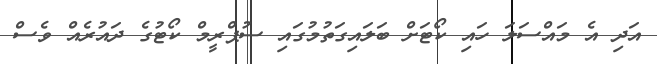
އަދި އެ މައްސަލަ ހައި ކޯޓަށް ބަލައިގަތުމުގައި ސުޕްރީމް ކޯޓުގެ ދައުރެއް ވެސް